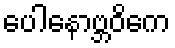
ပေါနောဗ္ဘဝိကေ